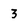
Character: 3